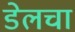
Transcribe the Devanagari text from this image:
डेलचा